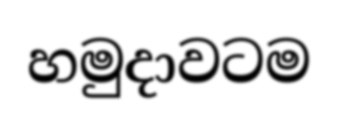
හමුදාවටම